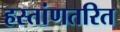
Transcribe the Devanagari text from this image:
हस्तांणतरित